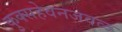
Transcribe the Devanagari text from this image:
कुक्सहेवनजवळ